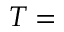
T =